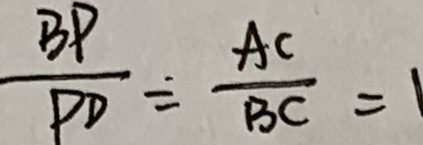
\frac { B P } { P D } = \frac { A C } { B C } = 1